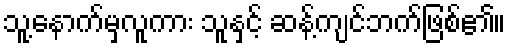
သူ့နောက်မှလူကား သူနှင့် ဆန့်ကျင်ဘက်ဖြစ်၏။